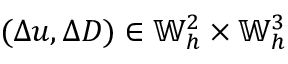
( \Delta u , \Delta D ) \in \mathbb { W } _ { h } ^ { 2 } \times \mathbb { W } _ { h } ^ { 3 }